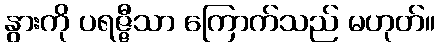
နွားကို ပရဇ္ဇီသာ ကြောက်သည် မဟုတ်။